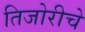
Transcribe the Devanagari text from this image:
तिजोरीचे